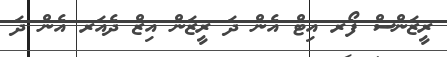
ރީޒަންސް ފޯރ އިޓް އެން ދަ ރީޒަން އިޒް ދެއަރ އެން ދަ